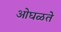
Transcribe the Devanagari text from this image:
ओघळते